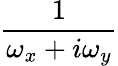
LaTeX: \frac{1}{\omega_{x}+i\omega_{y}}